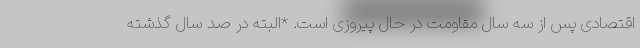
اقتصادی پس از سه سال مقاومت در حال پیروزی است. *البته در صد سال گذشته